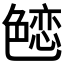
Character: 𰰚